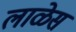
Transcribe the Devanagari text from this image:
लाळेस